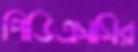
পিডিএসসির